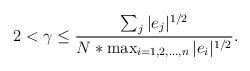
LaTeX: \begin{align*}2<\gamma\leq\frac{\sum_{j}|e_j|^{1/2}}{N*\max_{i=1,2,...,n}|e_i|^{1/2}}.\end{align*}